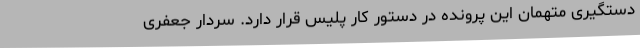
دستگیری متهمان این پرونده در دستور کار پلیس قرار دارد. سردار جعفری